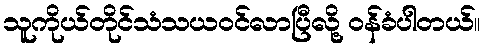
သူကိုယ်တိုင်သံသယဝင်လာပြီလို့ ဝန်ခံပါတယ်။